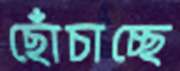
ছোঁচাচ্ছে